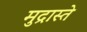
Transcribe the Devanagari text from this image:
मुद्रास्ते